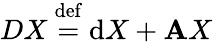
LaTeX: DX\ {\stackrel{\mathrm{def}}{=}}\ \mathrm{d}X+\mathbf{A}X